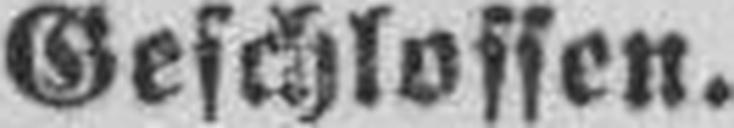
Geschlossen.